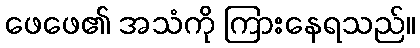
ဖေဖေ၏ အသံကို ကြားနေရသည်။